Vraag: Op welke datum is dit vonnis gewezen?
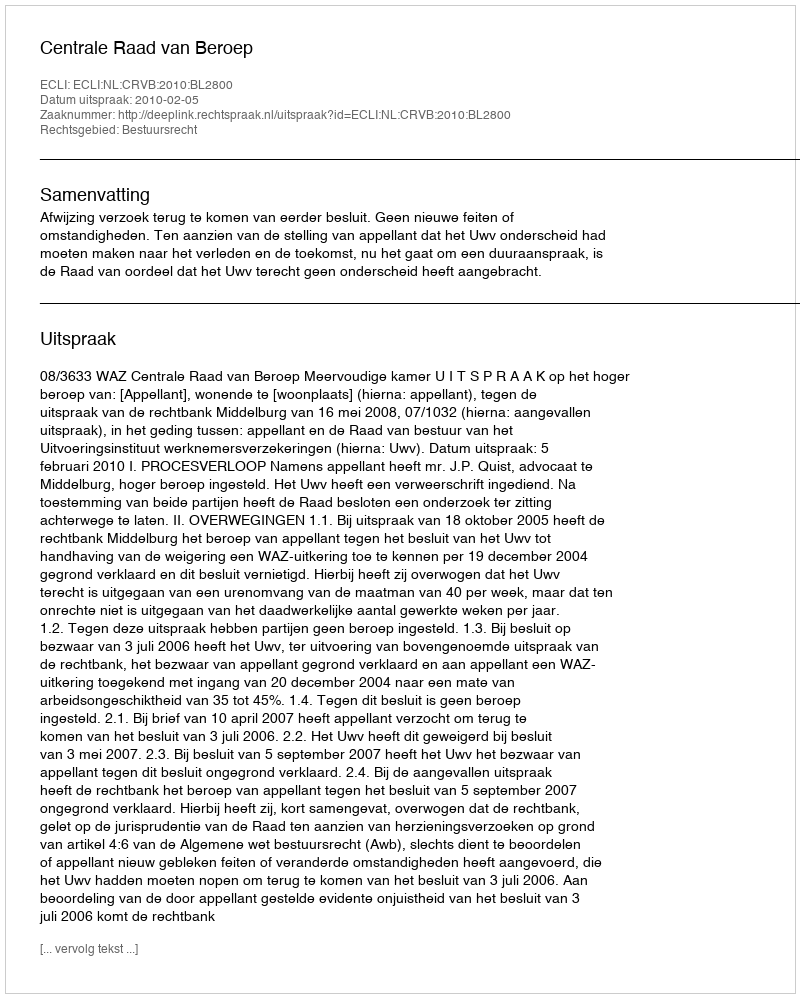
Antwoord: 2010-02-05